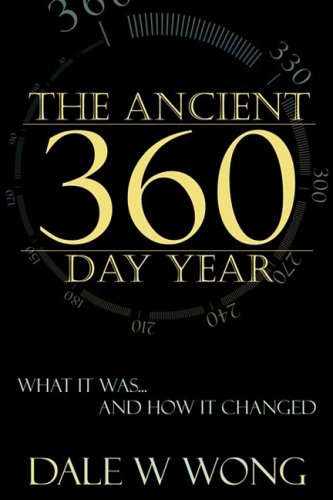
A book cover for The Ancient 360 Day Year: What It Was... How It Changed; Dale W Wong; Christian Books & Bibles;